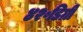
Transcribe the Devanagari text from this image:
४२॰डिग्री